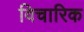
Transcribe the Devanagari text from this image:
विचारिक